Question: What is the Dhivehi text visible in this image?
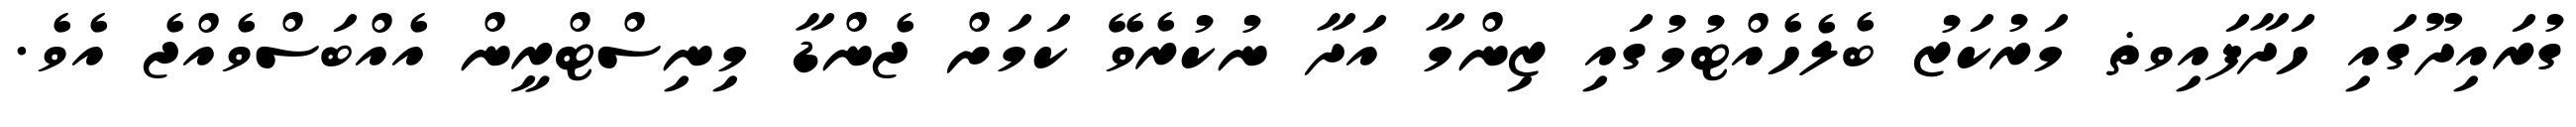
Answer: ގުރައިދޫގައި ހަދާފައިވޡ މަރުކަޒު ބެލެހެއްޓުމުގައި ޒިންމާ އަދާ ނުކުރެވޭ ކަމަށް ޖެންޑާ މިނިސްޓްރީން އެއްބަސްވެއްޖެ އެވެ.